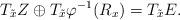
LaTeX: \begin{align*}T_{\tilde{x}}Z \oplus T_{\tilde{x}} \varphi^{-1}(R_x) = T_{\tilde{x}} E.\end{align*}